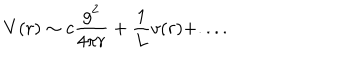
V ( r ) \sim c \frac { g ^ { 2 } } { 4 \pi r } + \frac { 1 } { L } v ( r ) + . . . .